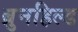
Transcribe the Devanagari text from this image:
ब्रुनहिल्ड